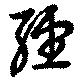
経